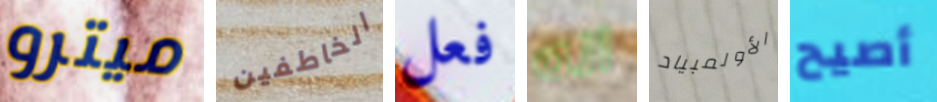
ميترو الخاطفين فعل انه الأولمبياد أصيح